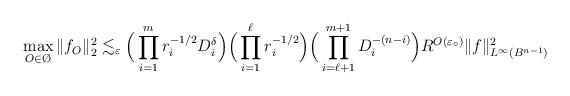
LaTeX: \begin{align*} \max_{O \in \O}\|f_{O}\|_2^2 \lesssim_{\varepsilon} \Big(\prod_{i=1}^{m}r_{i}^{-1/2} D_{i}^{\delta}\Big)\Big(\prod_{i=1}^{\ell}r_{i}^{-1/2}\Big)\Big( \prod_{i = \ell+1}^{m+1}D_{i}^{-(n-i)}\Big) R^{O(\varepsilon_{\circ})} \|f\|_{L^{\infty}(B^{n-1})}^2\end{align*}